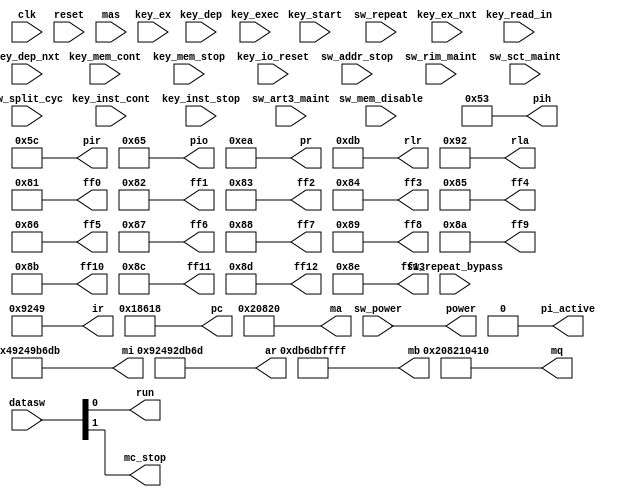
module fakeapr(
	input wire clk,
	input wire reset,

	// keys
	input wire key_start,
	input wire key_read_in,
	input wire key_mem_cont,
	input wire key_inst_cont,
	input wire key_mem_stop,
	input wire key_inst_stop,
	input wire key_exec,
	input wire key_io_reset,
	input wire key_dep,
	input wire key_dep_nxt,
	input wire key_ex,
	input wire key_ex_nxt,

	// switches
	input wire sw_addr_stop,
	input wire sw_mem_disable,
	input wire sw_repeat,
	input wire sw_power,
	input wire [0:35] datasw,
	input wire [18:35] mas,

	// maintenance switches
	input wire sw_rim_maint,
	input wire sw_repeat_bypass,
	input wire sw_art3_maint,
	input wire sw_sct_maint,
	input wire sw_split_cyc,

	// lights
	output wire power,
	output wire [0:17] ir,
	output wire [0:35] mi,
	output wire [0:35] ar,
	output wire [0:35] mb,
	output wire [0:35] mq,
	output wire [18:35] pc,
	output wire [18:35] ma,
	output wire run,
	output wire mc_stop,
	output wire pi_active,
	output wire [1:7] pih,
	output wire [1:7] pir,
	output wire [1:7] pio,
	output wire [18:25] pr,
	output wire [18:25] rlr,
	output wire [18:25] rla,
	output wire [0:7] ff0,
	output wire [0:7] ff1,
	output wire [0:7] ff2,
	output wire [0:7] ff3,
	output wire [0:7] ff4,
	output wire [0:7] ff5,
	output wire [0:7] ff6,
	output wire [0:7] ff7,
	output wire [0:7] ff8,
	output wire [0:7] ff9,
	output wire [0:7] ff10,
	output wire [0:7] ff11,
	output wire [0:7] ff12,
	output wire [0:7] ff13
);

	assign power = sw_power;
	assign ir = 18'o111111;
	assign mi = 36'o222222333333;
	assign ar = 36'o444444555555;
	assign mb = 36'o666666777777;
	assign mq = 36'o101010202020;
	assign pc = 18'o303030;
	assign ma = 18'o404040;
	assign run = datasw[35];
	assign mc_stop = datasw[34];
	assign pi_active = 0;
	assign pih = 7'o123;
	assign pir = 7'o134;
	assign pio = 7'o145;
	assign pr = 8'o352;
	assign rlr = 8'o333;
	assign rla = 8'o222;
	assign ff0 = 8'o201;
	assign ff1 = 8'o202;
	assign ff2 = 8'o203;
	assign ff3 = 8'o204;
	assign ff4 = 8'o205;
	assign ff5 = 8'o206;
	assign ff6 = 8'o207;
	assign ff7 = 8'o210;
	assign ff8 = 8'o211;
	assign ff9 = 8'o212;
	assign ff10 = 8'o213;
	assign ff11 = 8'o214;
	assign ff12 = 8'o215;
	assign ff13 = 8'o216;

endmodule